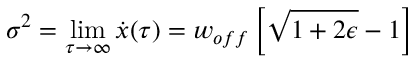
\sigma ^ { 2 } = \operatorname* { l i m } _ { \tau \rightarrow \infty } \dot { x } ( \tau ) = w _ { o f f } \left[ \sqrt { 1 + 2 \epsilon } - 1 \right]